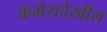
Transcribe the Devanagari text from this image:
कॅमेरादेखील